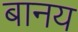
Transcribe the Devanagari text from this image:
बानय